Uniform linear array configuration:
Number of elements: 48
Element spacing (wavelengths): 0.25
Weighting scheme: hann
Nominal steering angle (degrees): -45
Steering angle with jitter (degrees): -44.839
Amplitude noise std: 0.05
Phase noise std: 0.05

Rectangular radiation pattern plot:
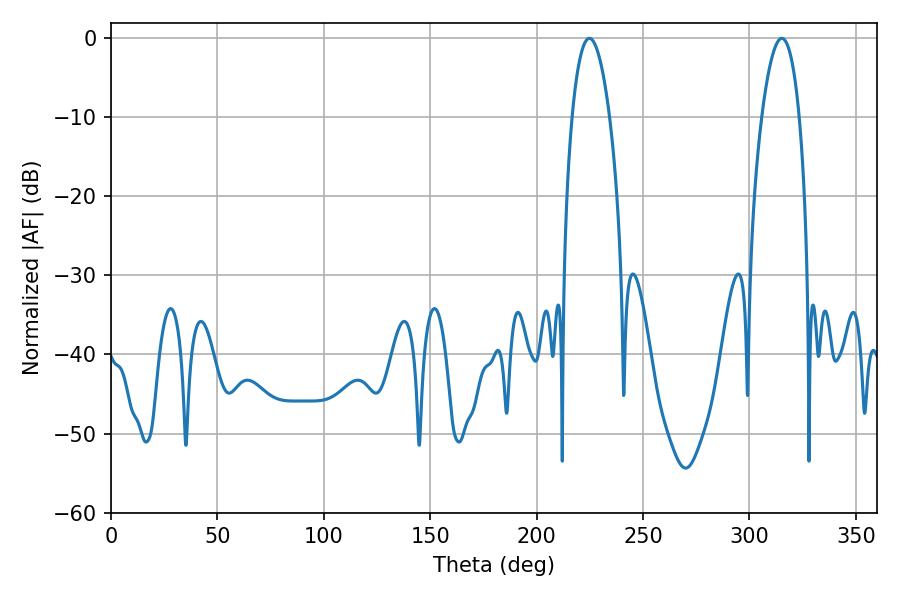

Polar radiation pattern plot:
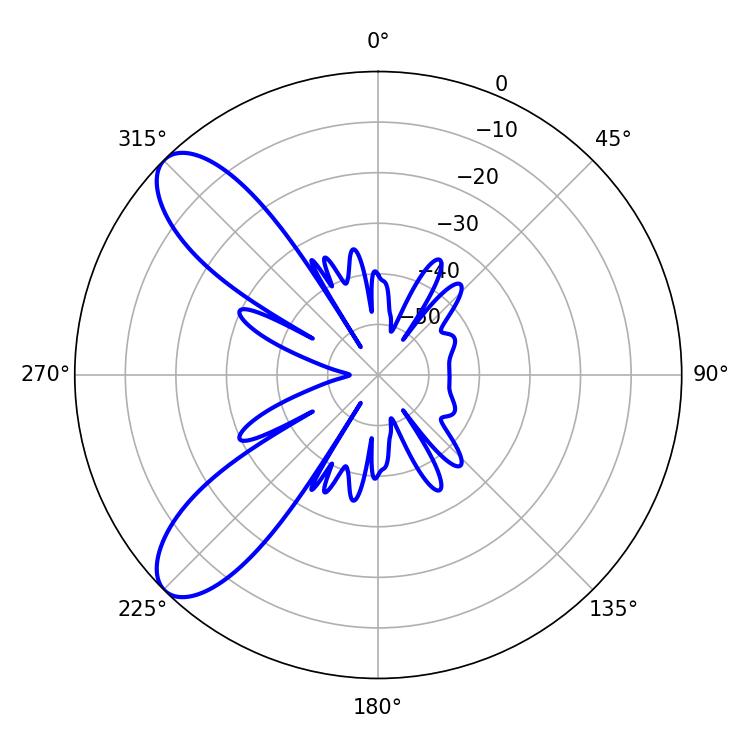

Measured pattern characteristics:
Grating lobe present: FALSE
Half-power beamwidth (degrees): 9.72
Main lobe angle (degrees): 224.82